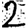
Digit: 2